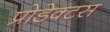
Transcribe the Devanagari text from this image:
प्रोडेक्टस